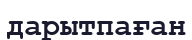
дарытпаған